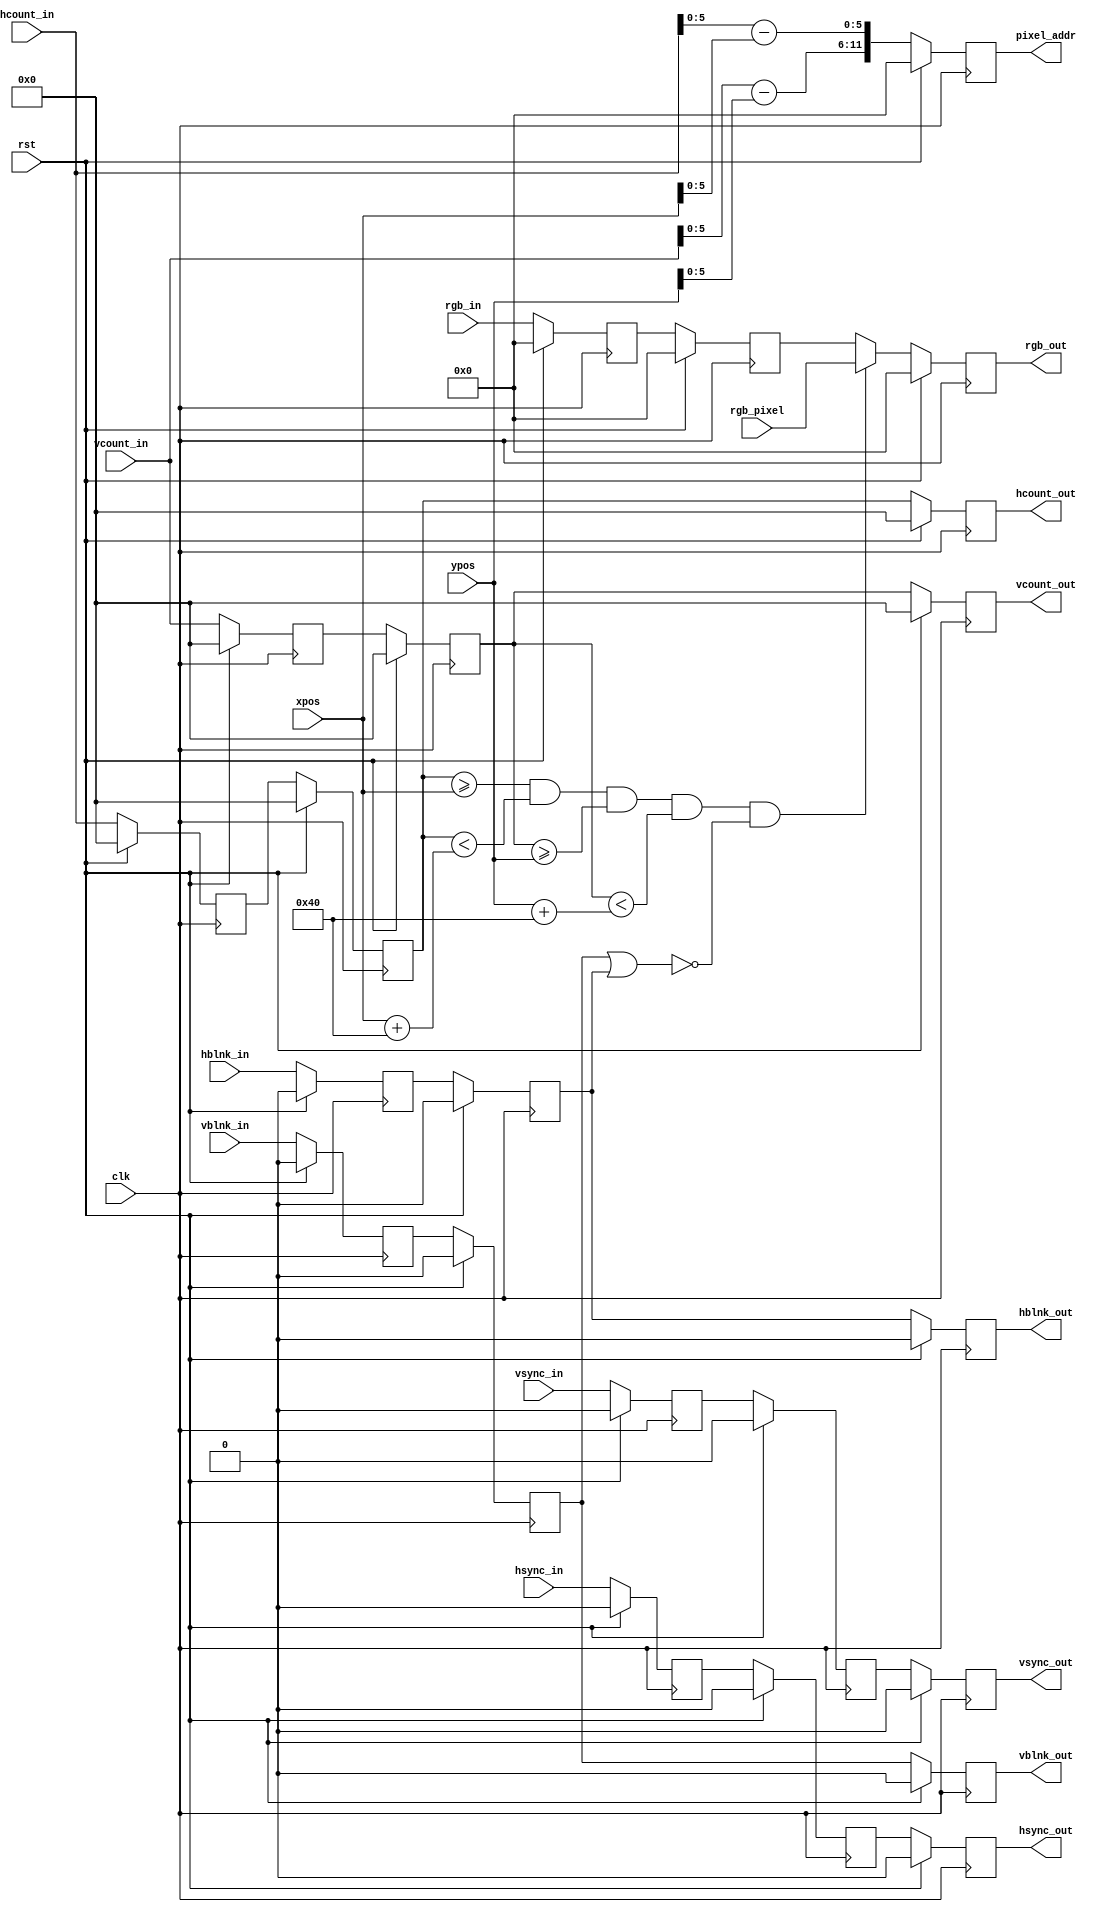
`timescale 1ns / 1ps
//////////////////////////////////////////////////////////////////////////////////
// Company: 
// Engineer: 
// 
// Design Name: 
// Module Name: draw_moles
// Project Name: 
// Target Devices: 
// Tool Versions: 
// Description: 
// 
// Dependencies: 
// 
// Revision:
// Revision 0.01 - File Created
// Additional Comments:
// 
//////////////////////////////////////////////////////////////////////////////////


module draw_moles
    # ( parameter
         X_WIDTH = 6,
         Y_WIDTH = 6 
    )
    (
    input wire [10:0] vcount_in,
    input wire vsync_in,
    input wire vblnk_in,
    input wire [10:0] hcount_in,
    input wire hsync_in,
    input wire hblnk_in,
    input wire clk,
    input wire rst,
    input wire [11:0] rgb_in,
    input wire [11:0] rgb_pixel,
    
    input wire [11:0] xpos,
    input wire [11:0] ypos,

    
    output reg [10:0] hcount_out,
    output reg hsync_out,
    output reg hblnk_out,
    output reg [10:0] vcount_out,
    output reg vsync_out,
    output reg vblnk_out,  
    output reg [X_WIDTH+Y_WIDTH-1:0] pixel_addr,
    output reg [11:0] rgb_out

    );

reg [10:0]  hcount_nxt1=0, vcount_nxt1=0,hcount_nxt2=0, vcount_nxt2=0;
reg         hsync_nxt1=0, hblnk_nxt1=0, vsync_nxt1=0, vblnk_nxt1=0, 
            hsync_nxt2=0, hblnk_nxt2=0, vsync_nxt2=0, vblnk_nxt2=0;
            
reg [11:0]  rgb_out_nxt = 0, rgb_in_nxt1 = 0, rgb_in_nxt = 0;

reg [X_WIDTH-1:0]   addr_X;
reg [Y_WIDTH-1:0]   addr_Y;

localparam         WIDTH = 2 ** X_WIDTH ;
localparam		   HEIGHT = 2 ** Y_WIDTH;

always @(posedge clk) begin
     if(rst) begin
      hcount_nxt1  <= 11'b0;
      vcount_nxt1  <= 11'b0;    
      hsync_nxt1   <= 1'b0;
      vsync_nxt1   <= 1'b0;
      hblnk_nxt1   <= 1'b0;
      vblnk_nxt1   <= 1'b0;
      
      hcount_nxt2  <= 11'b0;
      vcount_nxt2  <= 11'b0;      
      hsync_nxt2   <= 1'b0;
      vsync_nxt2   <= 1'b0;
      hblnk_nxt2   <= 1'b0;
      vblnk_nxt2   <= 1'b0;
      
      hcount_out  <= 11'b0;
      vcount_out  <= 11'b0;
      hsync_out   <= 1'b0;
      vsync_out   <= 1'b0;
      hblnk_out   <= 1'b0;
      vblnk_out   <= 1'b0;
      
      rgb_out     <= 12'b0;
      
      rgb_in_nxt1 <= 12'b0;
      rgb_in_nxt  <= 12'b0;
      pixel_addr  <= 16'b0;
     
     end
     
     else begin
        // Just pass these through.
        hcount_nxt1  <= hcount_in;
        vcount_nxt1  <= vcount_in;      
        hsync_nxt1   <= hsync_in;
        vsync_nxt1   <= vsync_in;
        hblnk_nxt1   <= hblnk_in;
        vblnk_nxt1   <= vblnk_in;
        
        hcount_nxt2  <= hcount_nxt1;
        vcount_nxt2  <= vcount_nxt1;      
        hsync_nxt2   <= hsync_nxt1;
        vsync_nxt2   <= vsync_nxt1;
        hblnk_nxt2   <= hblnk_nxt1;
        vblnk_nxt2   <= vblnk_nxt1;
        
        hcount_out  <= hcount_nxt2;
        vcount_out  <= vcount_nxt2;      
        hsync_out   <= hsync_nxt2;
        vsync_out   <= vsync_nxt2;
        hblnk_out   <= hblnk_nxt2;
        vblnk_out   <= vblnk_nxt2;
        
        rgb_out     <= rgb_out_nxt;
    
        rgb_in_nxt1 <= rgb_in_nxt;
        rgb_in_nxt  <= rgb_in;
        pixel_addr  <= {addr_Y,addr_X};
     end
  end
        
 
  always @* begin
         addr_X = hcount_in - xpos;
         addr_Y = vcount_in - ypos;
         rgb_out_nxt = rgb_in_nxt1;
         if( (hcount_nxt2 >= xpos) && (hcount_nxt2 < xpos+WIDTH) && (vcount_nxt2 >= ypos) && (vcount_nxt2 < ypos+HEIGHT) && !(vblnk_nxt2 || hblnk_nxt2) ) begin
             rgb_out_nxt = rgb_pixel;
         end
     end   
      
 endmodule